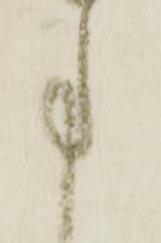
事